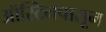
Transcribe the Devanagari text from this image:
ऑस्टिनपासून